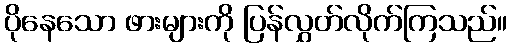
ပိုနေသော ဖားများကို ပြန်လွှတ်လိုက်ကြသည်။